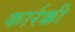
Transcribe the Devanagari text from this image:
कार्रक्की